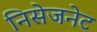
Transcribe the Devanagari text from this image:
निसेजनेट